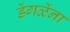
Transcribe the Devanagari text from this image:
डेंगळेंना